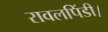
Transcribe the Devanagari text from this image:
रावलपिंडी।